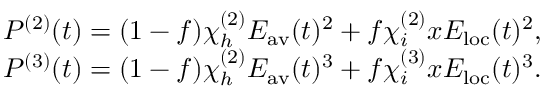
\begin{array} { r } { P ^ { ( 2 ) } ( t ) = ( 1 - f ) \chi _ { h } ^ { ( 2 ) } E _ { \mathrm { a v } } ( t ) ^ { 2 } + f \chi _ { i } ^ { ( 2 ) } x E _ { \mathrm { l o c } } ( t ) ^ { 2 } , } \\ { P ^ { ( 3 ) } ( t ) = ( 1 - f ) \chi _ { h } ^ { ( 2 ) } E _ { \mathrm { a v } } ( t ) ^ { 3 } + f \chi _ { i } ^ { ( 3 ) } x E _ { \mathrm { l o c } } ( t ) ^ { 3 } . } \end{array}